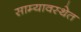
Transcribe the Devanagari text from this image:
साम्यावस्थेत